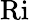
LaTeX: \textrm{Ri}